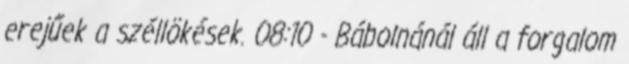
erejűek a széllökések. 08:10 - Bábolnánál áll a forgalom